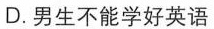
D.男生不能学好英语